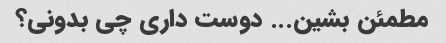
مطمئن بشین... دوست داری چی بدونی؟